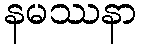
နမဿနာ